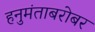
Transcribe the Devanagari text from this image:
हनुमंताबरोबर